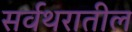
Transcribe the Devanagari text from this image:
सर्वथरातील